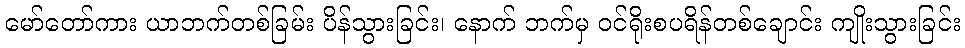
မော်တော်ကား ယာဘက်တစ်ခြမ်း ပိန်သွားခြင်း၊ နောက် ဘက်မှ ဝင်ရိုးစပရိန်တစ်ချောင်း ကျိုးသွားခြင်း